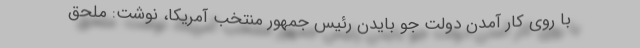
با روی کار آمدن دولت جو بایدن رئیس جمهور منتخب آمریکا، نوشت: ملحق